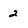
Character: 2